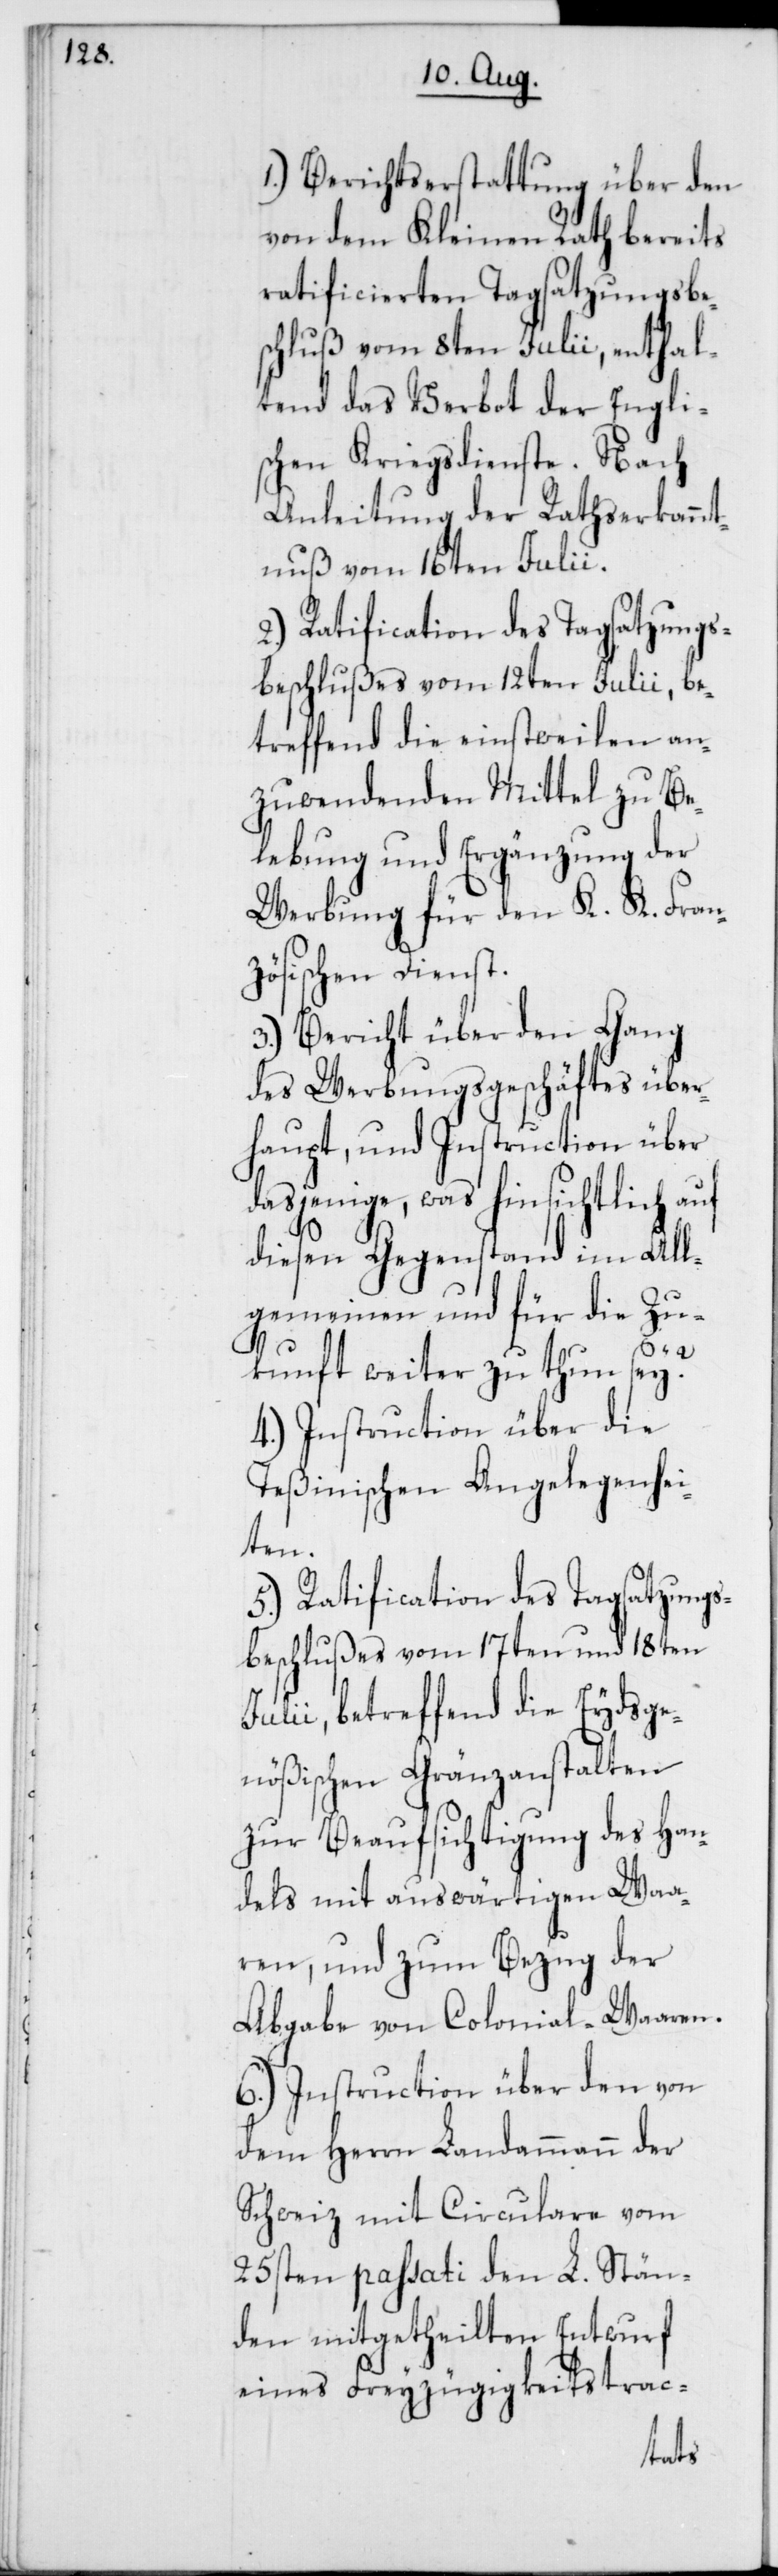
1.) Berichtserstattung über den
von dem Kleinen Rath bereits
ratificierten Tagsatzungsbes¬
chluß vom 8ten Julii, enthal¬
tend das Verbot der Engli¬
schen Kriegsdienste. Nach
Anleitung der Rathserkannt¬
nuß vom 16ten Julii.
2.) Ratification des Tagsatzungs¬
beschlußes vom 12ten Julii, be¬
treffend die einstweilen an¬
zuwendenden Mittel zu Be¬
lebung und Ergänzung der
Werbung für den K. K. Fran¬
zösischen Dienst.
3.) Bericht über den Gang
des Werbungsgeschäftes über¬
haupt, und Instruction über
dasjenige, was hinsichtlich
diesen Gegenstand im All¬
gemeinen und für die Zu¬
kunft weiter zu tun sey?
4.) Instruction über die
Teßinischen Angelegenhei¬
ten.
5.) Ratification des Tagsatzungs¬
beschlußes vom 17ten und 18ten
Julii, betreffend die Eydsge¬
nößischen Gränzanstalten
zur Beaufsichtigung des Han¬
dels mit auswärtigen Waa¬
ren, und zum Bezug der
Abgabe von Colonial-Waaren.
6.) Instruction über den von
dem Herrn Landammann der
Schweiz mit Circulare vom
25sten passati den L. Stän¬
den mitgetheilten Entwurf
eines Freyzügigkeitstrac-